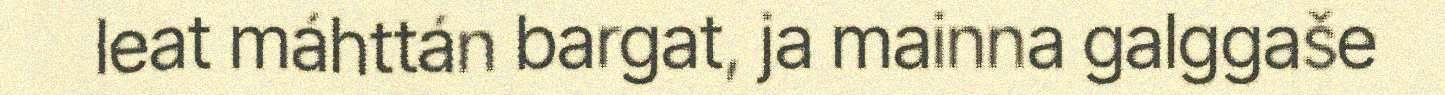
leat máhttán bargat, ja mainna galggaše